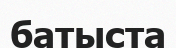
батыста